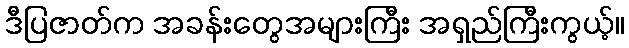
ဒီပြဇာတ်က အခန်းတွေအများကြီး အရှည်ကြီးကွယ့်။